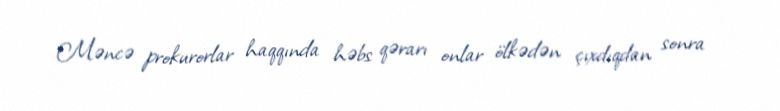
Məncə prokurorlar haqqında həbs qərarı onlar ölkədən çıxdıqdan sonra